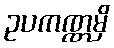
ဥပကဏ္ဏမှိ